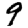
Digit: 9